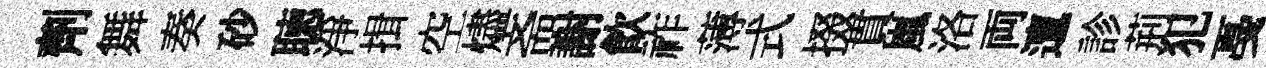
劑舞奏砂聴淨揖空燼斋謝飮祚薄式掇貫嵐洛両邅診荊犯戞